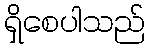
ရှိစေပါသည်